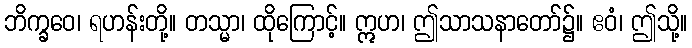
ဘိက္ခဝေ၊ ရဟန်းတို့။ တသ္မာ၊ ထိုကြောင့်။ ဣဟ၊ ဤသာသနာတော်၌။ ဧဝံ၊ ဤသို့။